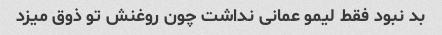
بد نبود فقط لیمو عمانی نداشت چون روغنش تو ذوق میزد